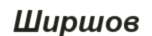
Ширшов